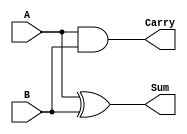
module Half_Adder (Sum,Carry,A,B);

input A,B;
output Sum,Carry;

xor inst1(Sum,A,B);
and inst2(Carry,A,B);

endmodule